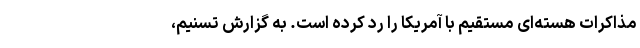
مذاکرات هسته‌ای مستقیم با آمریکا را رد کرده است. به گزارش تسنیم،